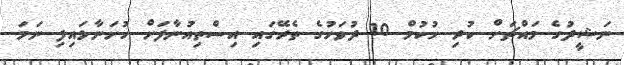
ނަޝީދުގެ މައްޗަށް ކުރި ހުކުމް 10 ދުވަހުގެ ތެރޭގައި އިސްތިއުނާފަށް ހުށަނާޅައިފި ނަމަ